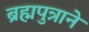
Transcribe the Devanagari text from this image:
ब्रह्मपुत्राने